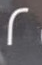
2